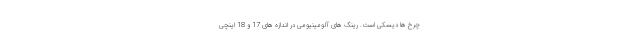
چرخ ها دیسکی است. رینگ های آلومینیومی در اندازه های 17 و 18 اینچی